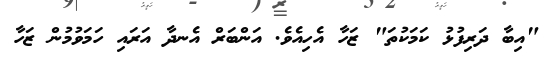
"އިބާ ދަރިފުޅު ކަމަކުތަ" ޒަހާ އެހިއެވެ. އަންބަރް އެނދާ އަރައި ހަމަވުމުން ޒަހާ